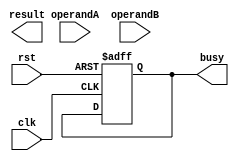
module ExtendedPrecisionFloatingPointUnit (
    input wire clk,
    input wire rst,
    input wire [31:0] operandA,
    input wire [31:0] operandB,
    output reg [63:0] result,
    output reg busy
);

// Define internal signals
reg [63:0] temp_result;
reg [1:0] state;

// Define states
parameter IDLE = 2'd0;
parameter ADD = 2'd1;
parameter SUB = 2'd2;
parameter MUL = 2'd3;
parameter DIV = 2'd4;
// Add more states for additional operations as needed

// Define control signals for arithmetic blocks
reg arithmetic_block_add_busy;
reg arithmetic_block_sub_busy;
reg arithmetic_block_mul_busy;
reg arithmetic_block_div_busy;
// Add more control signals for additional arithmetic blocks as needed

// Define input and output registers
reg [31:0] operandA_reg;
reg [31:0] operandB_reg;
reg [63:0] result_reg;

always @(posedge clk or negedge rst) begin
    if (!rst) begin
        state <= IDLE;
        operandA_reg <= 32'h0;
        operandB_reg <= 32'h0;
        result_reg <= 64'h0;
        busy <= 1'b0;
    end else begin
        case (state)
            IDLE: begin
                operandA_reg <= operandA;
                operandB_reg <= operandB;
                // Determine which operation to perform next based on input
                // Update state and control signals accordingly
            end
            ADD: begin
                // Instantiate arithmetic block for addition
                // Update control signals based on arithmetic block status
                // Calculate result based on arithmetic block output
            end
            SUB: begin
                // Instantiate arithmetic block for subtraction
                // Update control signals based on arithmetic block status
                // Calculate result based on arithmetic block output
            end
            MUL: begin
                // Instantiate arithmetic block for multiplication
                // Update control signals based on arithmetic block status
                // Calculate result based on arithmetic block output
            end
            DIV: begin
                // Instantiate arithmetic block for division
                // Update control signals based on arithmetic block status
                // Calculate result based on arithmetic block output
            end
            // Add more cases for additional operations as needed
        endcase
    end
end

endmodule